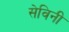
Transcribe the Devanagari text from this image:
सेविनी